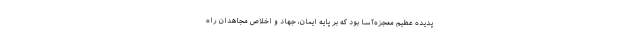
پدیده عظیم معجزه‌آسا بود که بر پایه ایمان، جهاد و اخلاص مجاهدان راه